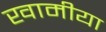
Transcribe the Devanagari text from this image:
खामीया